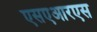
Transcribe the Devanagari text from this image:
एसएआरएस